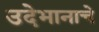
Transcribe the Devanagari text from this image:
उदेभानाचे